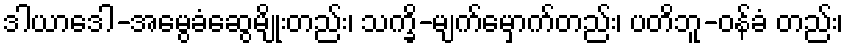
ဒါယာဒေါ-အမွေခံဆွေမျိုးတည်း၊ သက္ခိ-မျက်မှောက်တည်း၊ ပတိဘူ-ဝန်ခံ တည်း၊